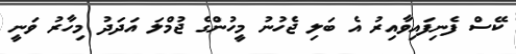
ކޭސް ފެނިފައިވާއިރު އެ ބަލި ޖެހުނު މީހުންގެ ޖުމްލަ އަދަދު މިހާރު ވަނީ